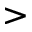
>